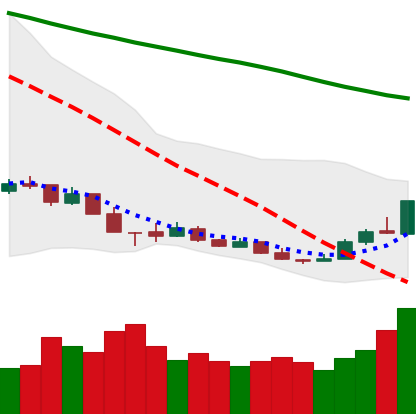
Ticker: XMR-USD
Chart end date: 2018-12-20
Forward return: -8.139%
Label: down_7plus